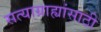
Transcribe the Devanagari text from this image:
सत्याग्राह्यांसाठी